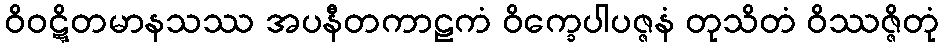
ဝိဝဋ္ဋိတမာနသဿ အပနီတကာဠကံ ဝိက္ခေပါပဇ္ဇနံ တုသိတံ ဝိဿဇ္ဇိတုံ